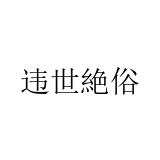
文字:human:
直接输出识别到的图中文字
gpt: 违世絶俗